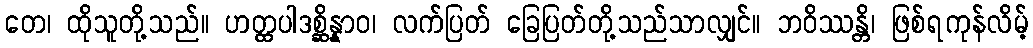
တေ၊ ထိုသူတို့သည်။ ဟတ္ထပါဒစ္ဆိန္နာဝ၊ လက်ပြတ် ခြေပြတ်တို့သည်သာလျှင်။ ဘဝိဿန္တိ၊ ဖြစ်ရကုန်လိမ့်